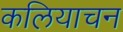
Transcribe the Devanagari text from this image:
कलियाचन